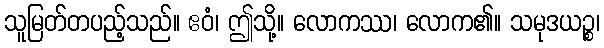
သူမြတ်တပည့်သည်။ ဧဝံ၊ ဤသို့။ လောကဿ၊ လောက၏။ သမုဒယဉ္စ၊